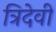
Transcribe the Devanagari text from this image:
त्रिदेवी